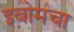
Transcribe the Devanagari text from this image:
इबोमचा